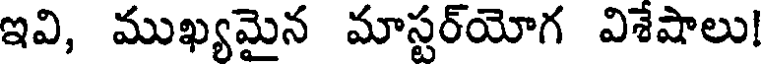
ఇవి, ముఖ్యమైన మాస్టర్యోగ విశేషాలు!